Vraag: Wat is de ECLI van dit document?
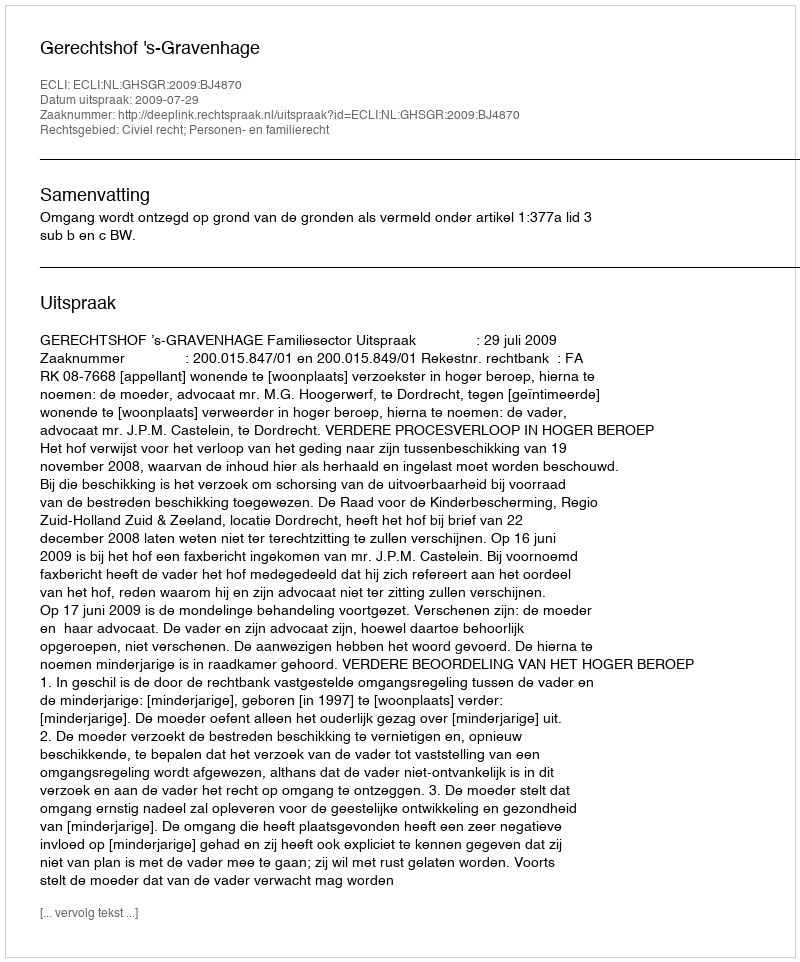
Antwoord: ECLI:NL:GHSGR:2009:BJ4870